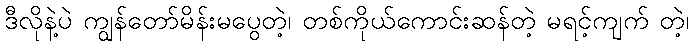
ဒီလိုနဲ့ပဲ ကျွန်တော်မိန်းမပွေတဲ့၊ တစ်ကိုယ်ကောင်းဆန်တဲ့ မရင့်ကျက် တဲ့၊